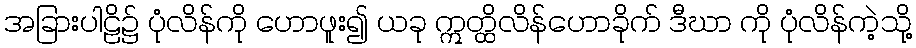
အခြားပါဠိ၌ ပုံလိန်ကို ဟောဖူး၍ ယခု ဣတ္ထိလိန်ဟောခိုက် ဒီဃာ ကို ပုံလိန်ကဲ့သို့